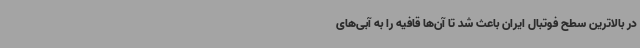
در بالاترین سطح فوتبال ایران باعث شد تا آن‌ها قافیه را به آبی‌های